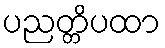
ပညတ္တိပထာ